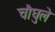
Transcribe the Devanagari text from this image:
चौघुले